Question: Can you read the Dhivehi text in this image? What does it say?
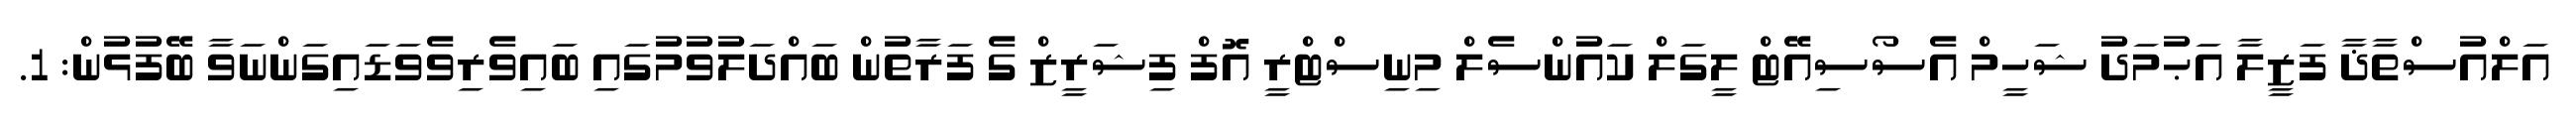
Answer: އަލްއުސްތާޛާ ފަޒީލާ އަޙުމަދު ޝަހީމް އެސޯސިއޭޓް ލީގަލް ކައުންސެލް މިނިސްޓްރީ އޮފް ފިޝަރީޒް ގެ ފަރާތުން ބައްދަލުވުމުގައި ބައިވެރިވެވަޑައިގަންނަވާ ބޭފުޅުން: 1.